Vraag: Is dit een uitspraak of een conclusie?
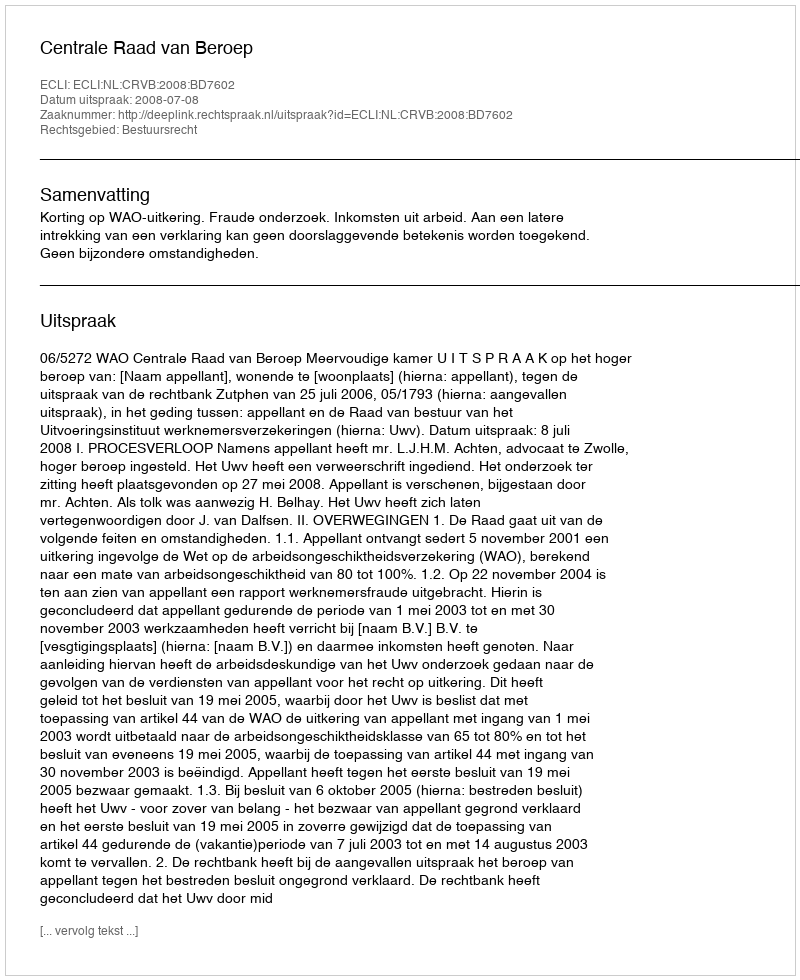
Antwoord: Uitspraak